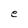
Character: e